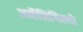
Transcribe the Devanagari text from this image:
अर्मेनिगिल्दो